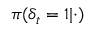
\pi ( { \delta } _ { t } = 1 | \cdot )